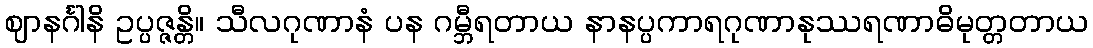
ဈာနင်္ဂါနိ ဥပ္ပဇ္ဇန္တိ။ သီလဂုဏာနံ ပန ဂမ္ဘီရတာယ နာနပ္ပကာရဂုဏာနုဿရဏာဓိမုတ္တတာယ